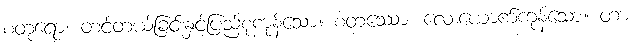
စတုရော၊ တင့်တယ်ခြင်းနှင့်ပြည့်စုံကုန်သော။ စတဿော၊ လေးယောက်ကုန်သော။ တာ